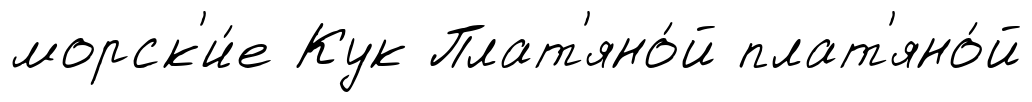
морск'и́е Кук Плат'яно́й плат'яно́й